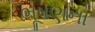
ભૂષણના